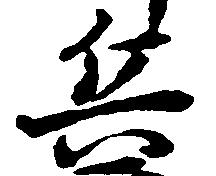
兵